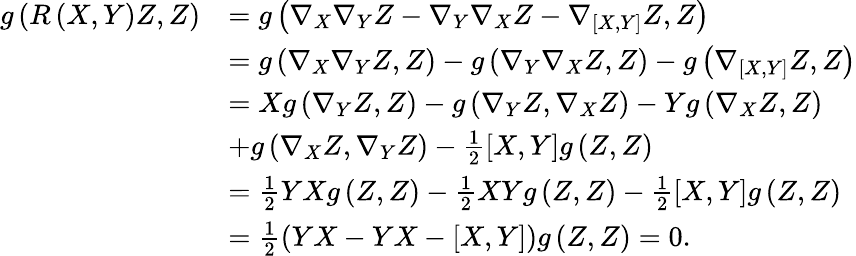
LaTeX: \begin{array}{rl}{g\left(R\left(X,Y\right)Z,Z\right)}&{=g\left(\nabla_{X}\nabla_{Y}Z-\nabla_{Y}\nabla_{X}Z-\nabla_{\left[X,Y\right]}Z,Z\right)}\\ &{=g\left(\nabla_{X}\nabla_{Y}Z,Z\right)-g\left(\nabla_{Y}\nabla_{X}Z,Z\right)-g\left(\nabla_{\left[X,Y\right]}Z,Z\right)}\\ &{=Xg\left(\nabla_{Y}Z,Z\right)-g\left(\nabla_{Y}Z,\nabla_{X}Z\right)-Yg\left(\nabla_{X}Z,Z\right)}\\ &{+g\left(\nabla_{X}Z,\nabla_{Y}Z\right)-\frac{1}{2}\left[X,Y\right]g\left(Z,Z\right)}\\ &{=\frac{1}{2}YXg\left(Z,Z\right)-\frac{1}{2}XYg\left(Z,Z\right)-\frac{1}{2}\left[X,Y\right]g\left(Z,Z\right)}\\ &{=\frac{1}{2}\left(YX-YX-\left[X,Y\right]\right)g\left(Z,Z\right)=0.}\end{array}